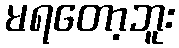
မရတော့ဘူး